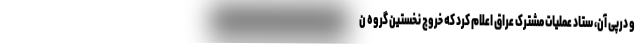
و درپی آن، ستاد عملیات مشترک عراق اعلام کرد که خروج نخستین گروه ن